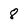
Character: 8